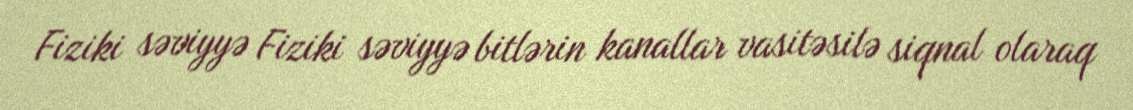
Fiziki səviyyə Fiziki səviyyə bitlərin kanallar vasitəsilə siqnal olaraq